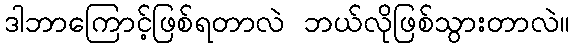
ဒါဘာကြောင့်ဖြစ်ရတာလဲ ဘယ်လိုဖြစ်သွားတာလဲ။